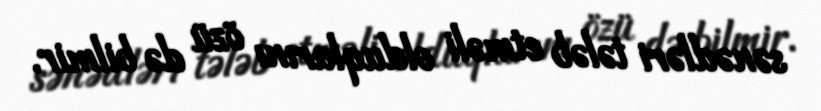
sənədləri tələb etməli olduqlarını özü də bilmir.